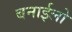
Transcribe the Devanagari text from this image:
बनाईलो